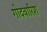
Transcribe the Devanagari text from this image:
गोदवारिश